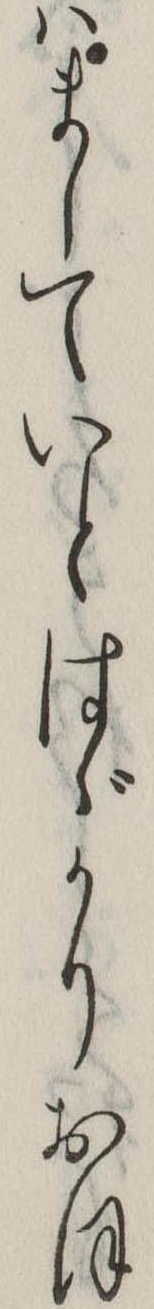
はましていとはゞかりおほ